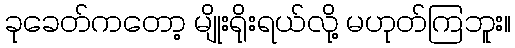
ခုခေတ်ကတော့ မျိုးရိုးရယ်လို့ မဟုတ်ကြဘူး။